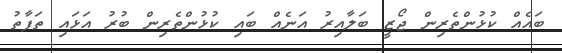
ބައެއް ކުޅުންތެރިން ޖޯޒީ ބަލާއިރު އަނެއް ބައި ކުޅުންތެރިން ބުރު އަަޅައި ތަފާތު